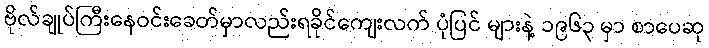
ဗိုလ်ချုပ်ကြီးနေဝင်းခေတ်မှာလည်းရခိုင်ကျေးလက် ပုံပြင် များနဲ့ ၁၉၆၃ မှာ စာပေဆု